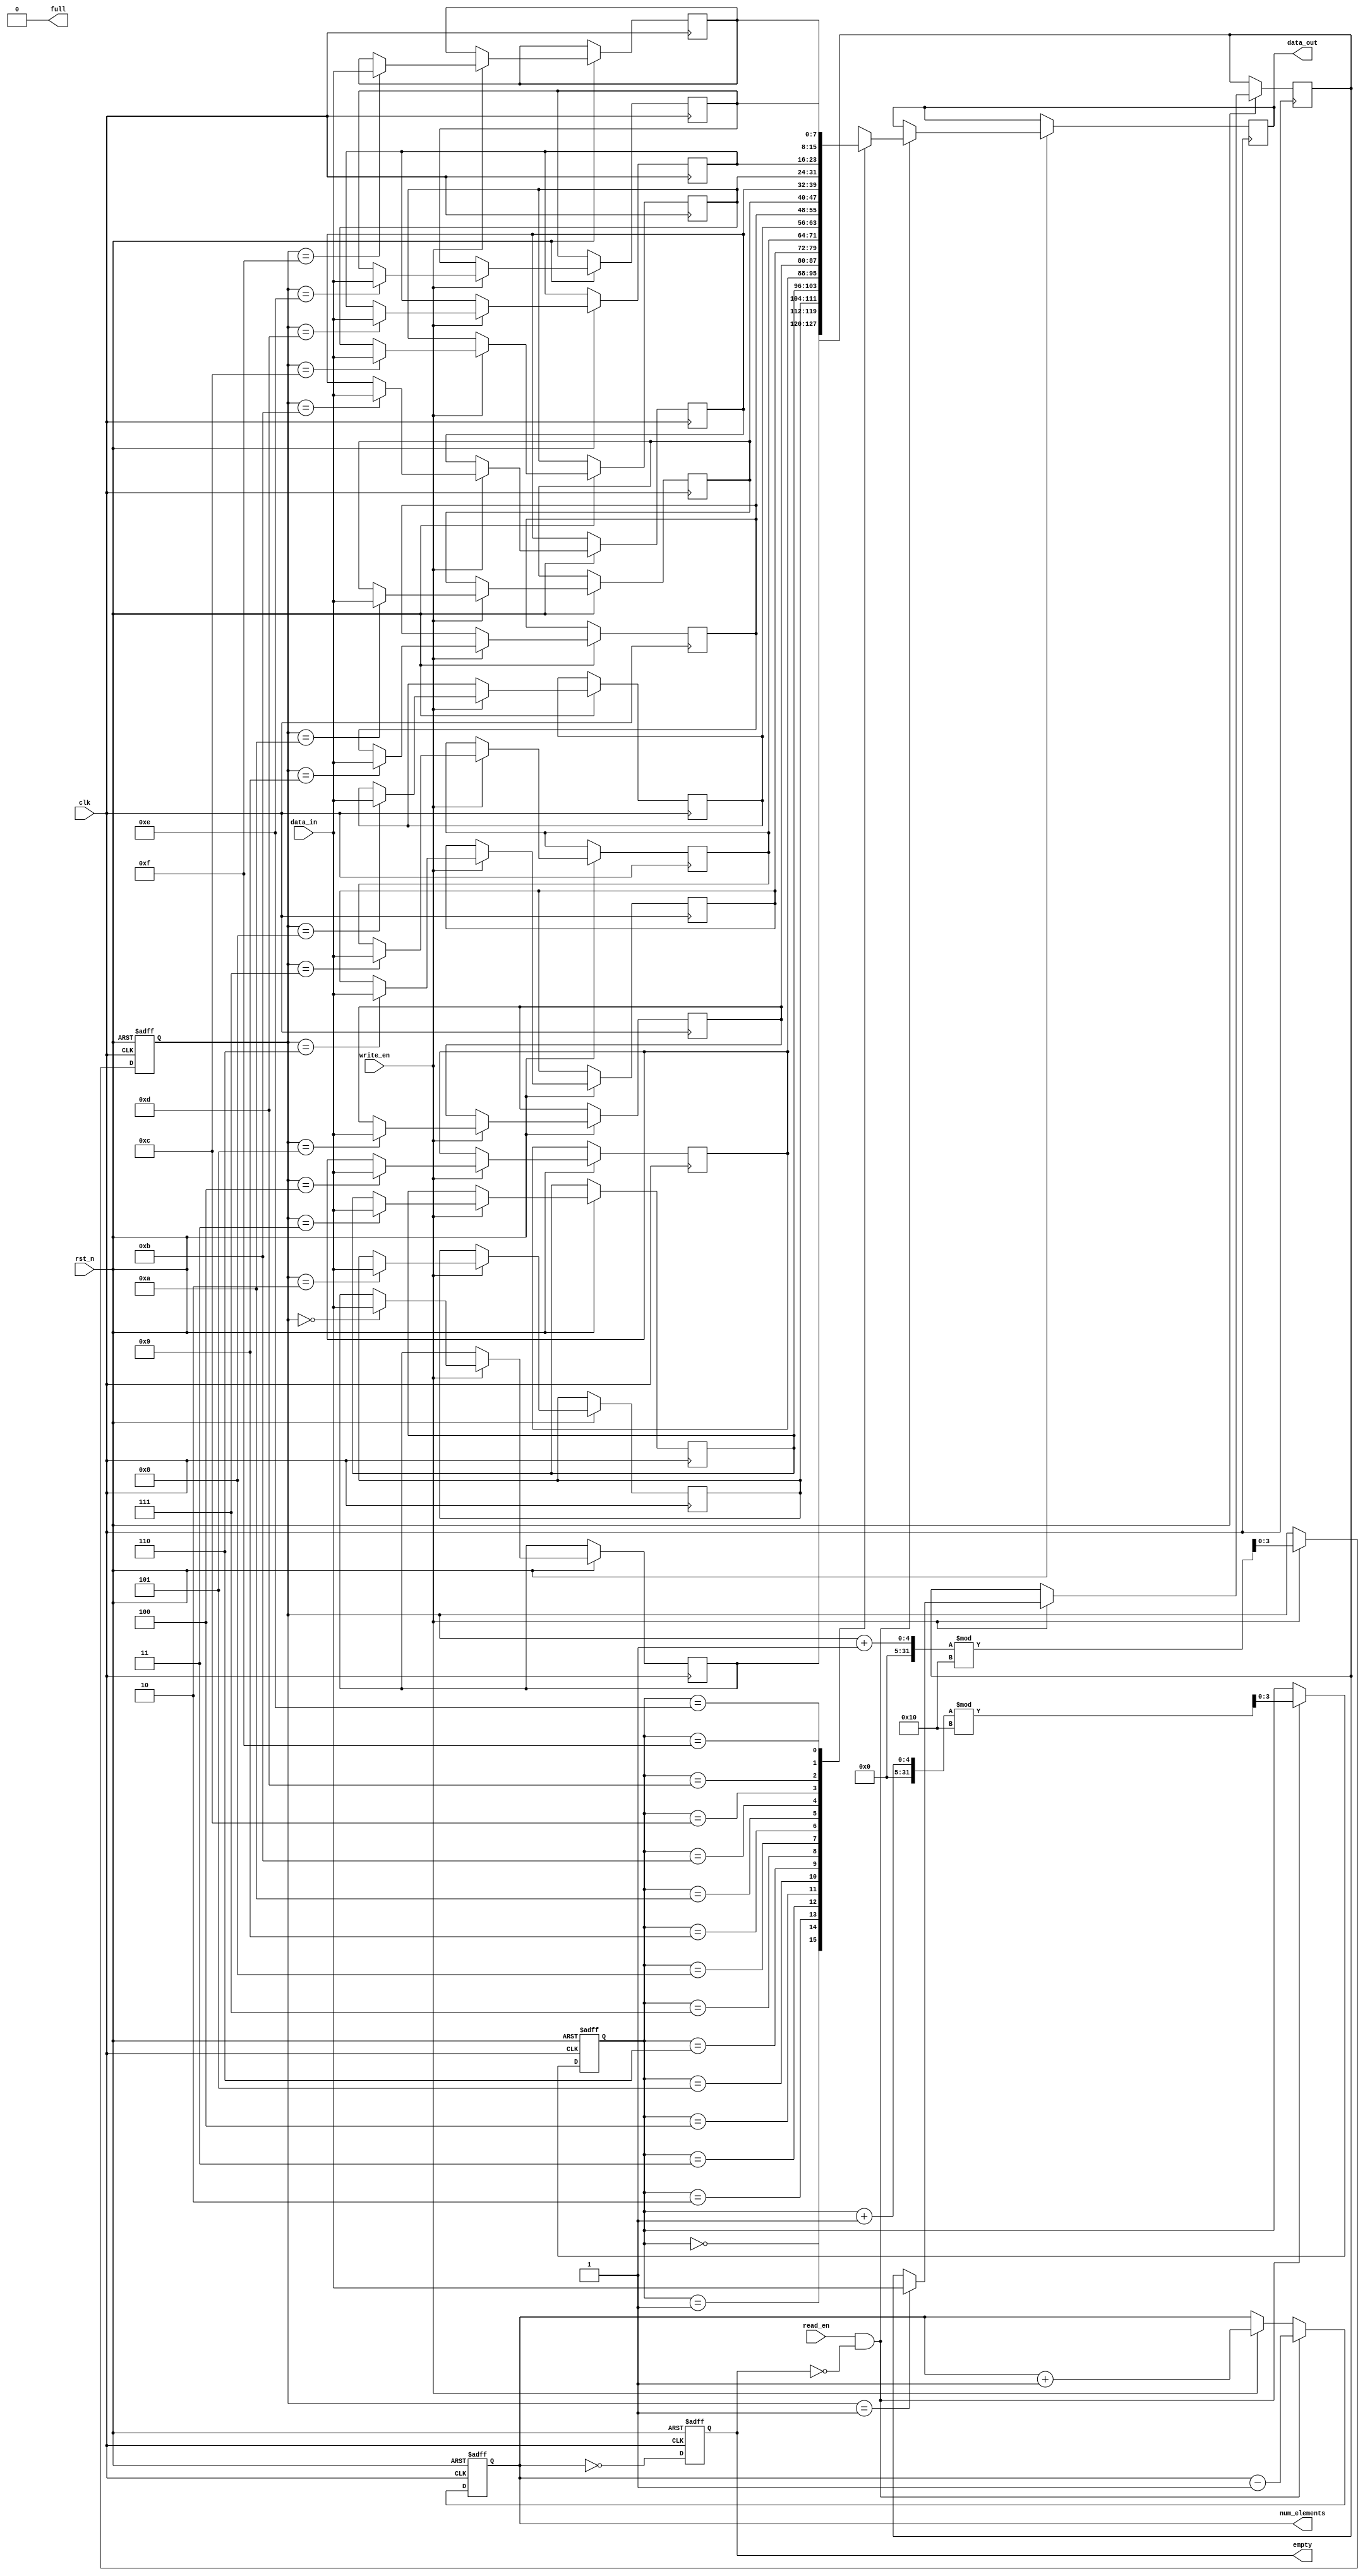
module parameterized_fifo #(
    parameter DATA_WIDTH = 8,         // Width of each data element
    parameter FIFO_DEPTH = 16          // Number of entries in the FIFO
) (
    input                         clk,
    input                         rst_n,
    input                         write_en,
    input                         read_en,
    input  [DATA_WIDTH-1:0]      data_in,
    output reg [DATA_WIDTH-1:0]   data_out,
    output reg                    full,
    output reg                    empty,
    output reg [$clog2(FIFO_DEPTH)-1:0] num_elements
);

    // Internal memory array
    reg [DATA_WIDTH-1:0] fifo_memory [0:FIFO_DEPTH-1];
    
    // Pointers for read and write operations
    reg [$clog2(FIFO_DEPTH)-1:0] write_ptr;
    reg [$clog2(FIFO_DEPTH)-1:0] read_ptr;

    // Initialize status signals
    initial begin
        write_ptr = 0;
        read_ptr = 0;
        full = 0;
        empty = 1;
        num_elements = 0;
    end
    
    // Asynchronous Reset
    always @(posedge clk or negedge rst_n) begin
        if (!rst_n) begin
            write_ptr <= 0;
            read_ptr <= 0;
            full <= 0;
            empty <= 1;
            num_elements <= 0;
        end else begin
            // Write operation
            if (write_en && !full) begin
                fifo_memory[write_ptr] <= data_in; 
                write_ptr <= (write_ptr + 1) % FIFO_DEPTH;
                num_elements <= num_elements + 1;
            end
            
            // Read operation
            if (read_en && !empty) begin
                data_out <= fifo_memory[read_ptr]; 
                read_ptr <= (read_ptr + 1) % FIFO_DEPTH;
                num_elements <= num_elements - 1;
            end
            
            // Update full and empty flags
            full <= (num_elements == FIFO_DEPTH);
            empty <= (num_elements == 0);
        end
    end
endmodule